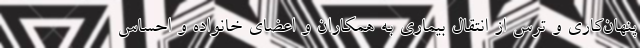
پنهان‌کاری و ترس از انتقال بیماری به همکاران و اعضای خانواده و احساس